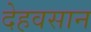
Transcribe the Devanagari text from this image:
देहवसान